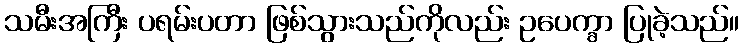
သမီးအကြီး ပရမ်းပတာ ဖြစ်သွားသည်ကိုလည်း ဥပေက္ခာ ပြုခဲ့သည်။